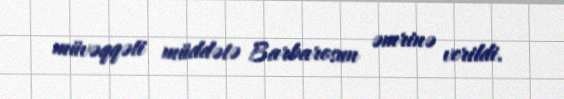
müvəqqəti müddətə Barbarosun əmrinə verildi.